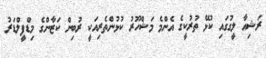
ރަޝިއާ ލީގުގައި ކުޅޭ ތުރުކީގެ އެންމެ މަޝްހޫރު ކުޅުންތެރިއަކީ ރުބިން ކަޒާންގެ މިޑްފީލްޑަރު